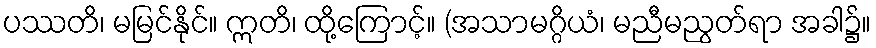
ပဿတိ၊ မမြင်နိုင်။ ဣတိ၊ ထို့ကြောင့်။ (အသာမဂ္ဂိယံ၊ မညီမညွတ်ရာ အခါ၌။